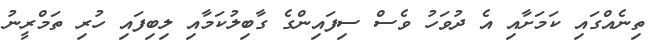
ތިނެއްގައި ކަމަށާއި އެ ދުވަހު ވެސް ސިފައިންގެ ގާބިލުކަމާއި ލިބިފައި ހުރި ތަމްރީނު